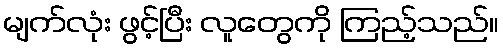
မျက်လုံး ဖွင့်ပြီး လူတွေကို ကြည့်သည်။